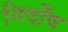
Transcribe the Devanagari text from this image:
निर्दोंष